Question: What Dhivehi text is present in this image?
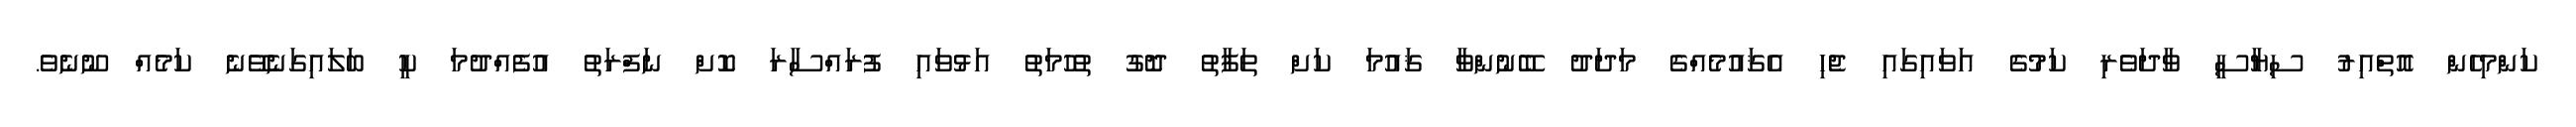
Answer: ކަންމިހެން އޮތްއިރު ސިޔާސީ ވާދަވެރި ކަމުގެ އަވައިގައި ޖެހި އެޤައުމެއްގެ މަދަދު ބޭނުންވާ ޤައުމަ ކަށް ތަފާތު ދޮގު ތުހުމަތު އަޅުވައި ފުރައްސާރަ ކޮށް ނަފްރަތު އުފެއްދުމަ ކީ ބަލައިގަނެވޭނެ ކަމެއް ނޫނެވެ.